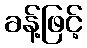
ခန့်ဖြင့်